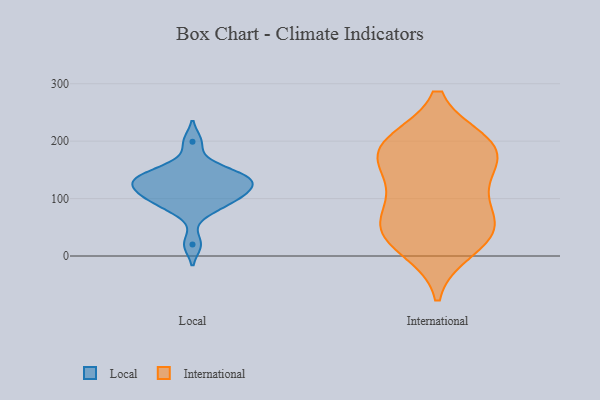
{"axis": {"x": "Population (Million)", "y": "Value"}, "legend": ["International", "Local"], "data": [{"x": "", "y": 123, "type": "Local"}, {"x": "", "y": 100, "type": "Local"}, {"x": "", "y": 130, "type": "Local"}, {"x": "", "y": 139, "type": "Local"}, {"x": "", "y": 139, "type": "Local"}, {"x": "", "y": 159, "type": "Local"}, {"x": "", "y": 104, "type": "Local"}, {"x": "", "y": 142, "type": "Local"}, {"x": "", "y": 20, "type": "Local"}, {"x": "", "y": 199, "type": "Local"}, {"x": "", "y": 122, "type": "Local"}, {"x": "", "y": 91, "type": "Local"}, {"x": "", "y": 78, "type": "Local"}, {"x": "", "y": 113, "type": "Local"}, {"x": "", "y": 39, "type": "International"}, {"x": "", "y": 111, "type": "International"}, {"x": "", "y": 196, "type": "International"}, {"x": "", "y": 121, "type": "International"}, {"x": "", "y": 176, "type": "International"}, {"x": "", "y": 184, "type": "International"}, {"x": "", "y": 13, "type": "International"}, {"x": "", "y": 48, "type": "International"}, {"x": "", "y": 53, "type": "International"}, {"x": "", "y": 195, "type": "International"}, {"x": "", "y": 178, "type": "International"}, {"x": "", "y": 51, "type": "International"}]}